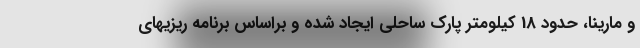
و مارینا، حدود 18 کیلومتر پارک ساحلی ایجاد شده و براساس برنامه ریزیهای